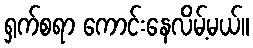
ရှက်စရာ ကောင်းနေလိမ့်မယ်။